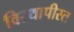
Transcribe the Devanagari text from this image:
विस्थापीस्त